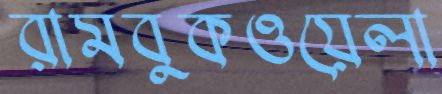
রামবুকওয়েলা